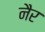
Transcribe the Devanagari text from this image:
नैर